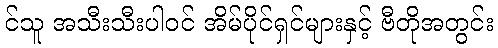
င်သူ အသီးသီးပါဝင် အိမ်ပိုင်ရှင်များနှင့် ဗီတိုအတွင်း